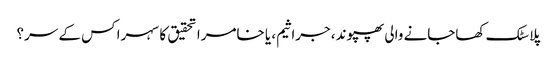
پلاسٹک کھاجانے والی پھپوند، جراثیم، یا خامرا تحقیق کا سہرا کس کے سر؟